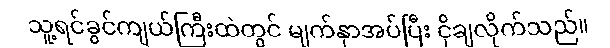
သူ့ရင်ခွင်ကျယ်ကြီးထဲတွင် မျက်နှာအပ်ပြီး ငိုချလိုက်သည်။